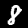
Label: 8